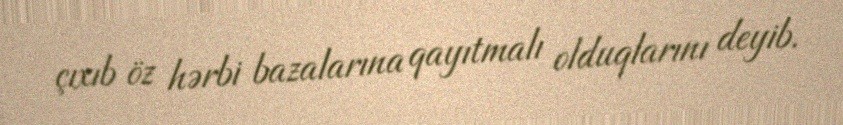
çıxıb öz hərbi bazalarına qayıtmalı olduqlarını deyib.